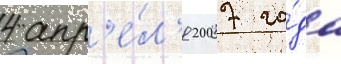
4 апр'е́л'я 2007 го́да